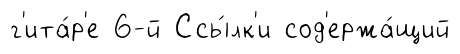
г'ита́р'е 6-й Ссы́лк'и сод'ержа́щий